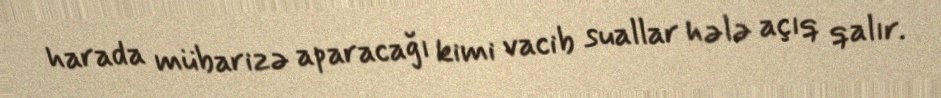
harada mübarizə aparacağı kimi vacib suallar hələ açıq qalır.